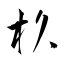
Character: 杦